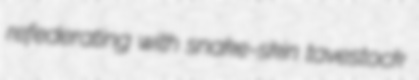
refederating with snake-skin tavestock